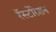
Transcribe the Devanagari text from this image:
रॅस्टोरेशन